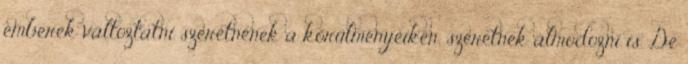
emberek változtatni szeretnének a körülményeiken, szeretnek álmodozni is. De